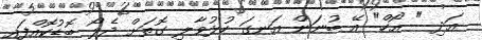
އަދި " އޯހް" އޭ ބުނަން އަނގަ ހުޅުވާލި ގޮތަށް ދެލޯ ބޮޑުކޮއްފައި